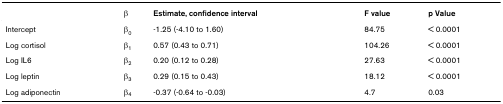
<table><thead><tr><td></td><td><b>β</b></td><td><b>Estimate, confidence interval</b></td><td><b>F value</b></td><td><b>p Value</b></td></tr></thead><tbody><tr><td>Intercept</td><td>β<sub>0</sub></td><td>-1.25 (-4.10 to 1.60)</td><td>84.75</td><td>&lt; 0.0001</td></tr><tr><td>Log cortisol</td><td>β<sub>1</sub></td><td>0.57 (0.43 to 0.71)</td><td>104.26</td><td>&lt; 0.0001</td></tr><tr><td>Log IL6</td><td>β<sub>2</sub></td><td>0.20 (0.12 to 0.28)</td><td>27.63</td><td>&lt; 0.0001</td></tr><tr><td>Log leptin</td><td>β<sub>3</sub></td><td>0.29 (0.15 to 0.43)</td><td>18.12</td><td>&lt; 0.0001</td></tr><tr><td>Log adiponectin</td><td>β<sub>4</sub></td><td>-0.37 (-0.64 to -0.03)</td><td>4.7</td><td>0.03</td></tr></tbody></table>